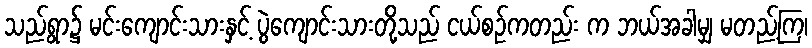
သည်ရွာ၌ မင်းကျောင်းသားနှင့် ပွဲကျောင်းသားတို့သည် ငယ်စဉ်ကတည်း က ဘယ်အခါမျှ မတည့်ကြ၊